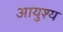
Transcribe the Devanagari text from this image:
आयुश्य